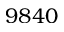
9 8 4 0